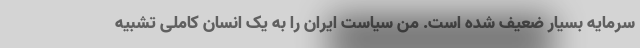
سرمایه بسیار ضعیف شده است. من سیاست ایران را به یک انسان کاملی تشبیه